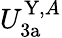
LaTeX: U_{\mathrm{3a}}^{\mathrm{Y},A}